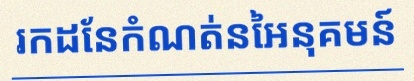
រកដែនកំណត់នៃអនុគមន៍